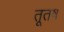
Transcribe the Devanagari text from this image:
तूतष